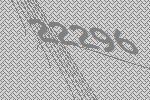
22296